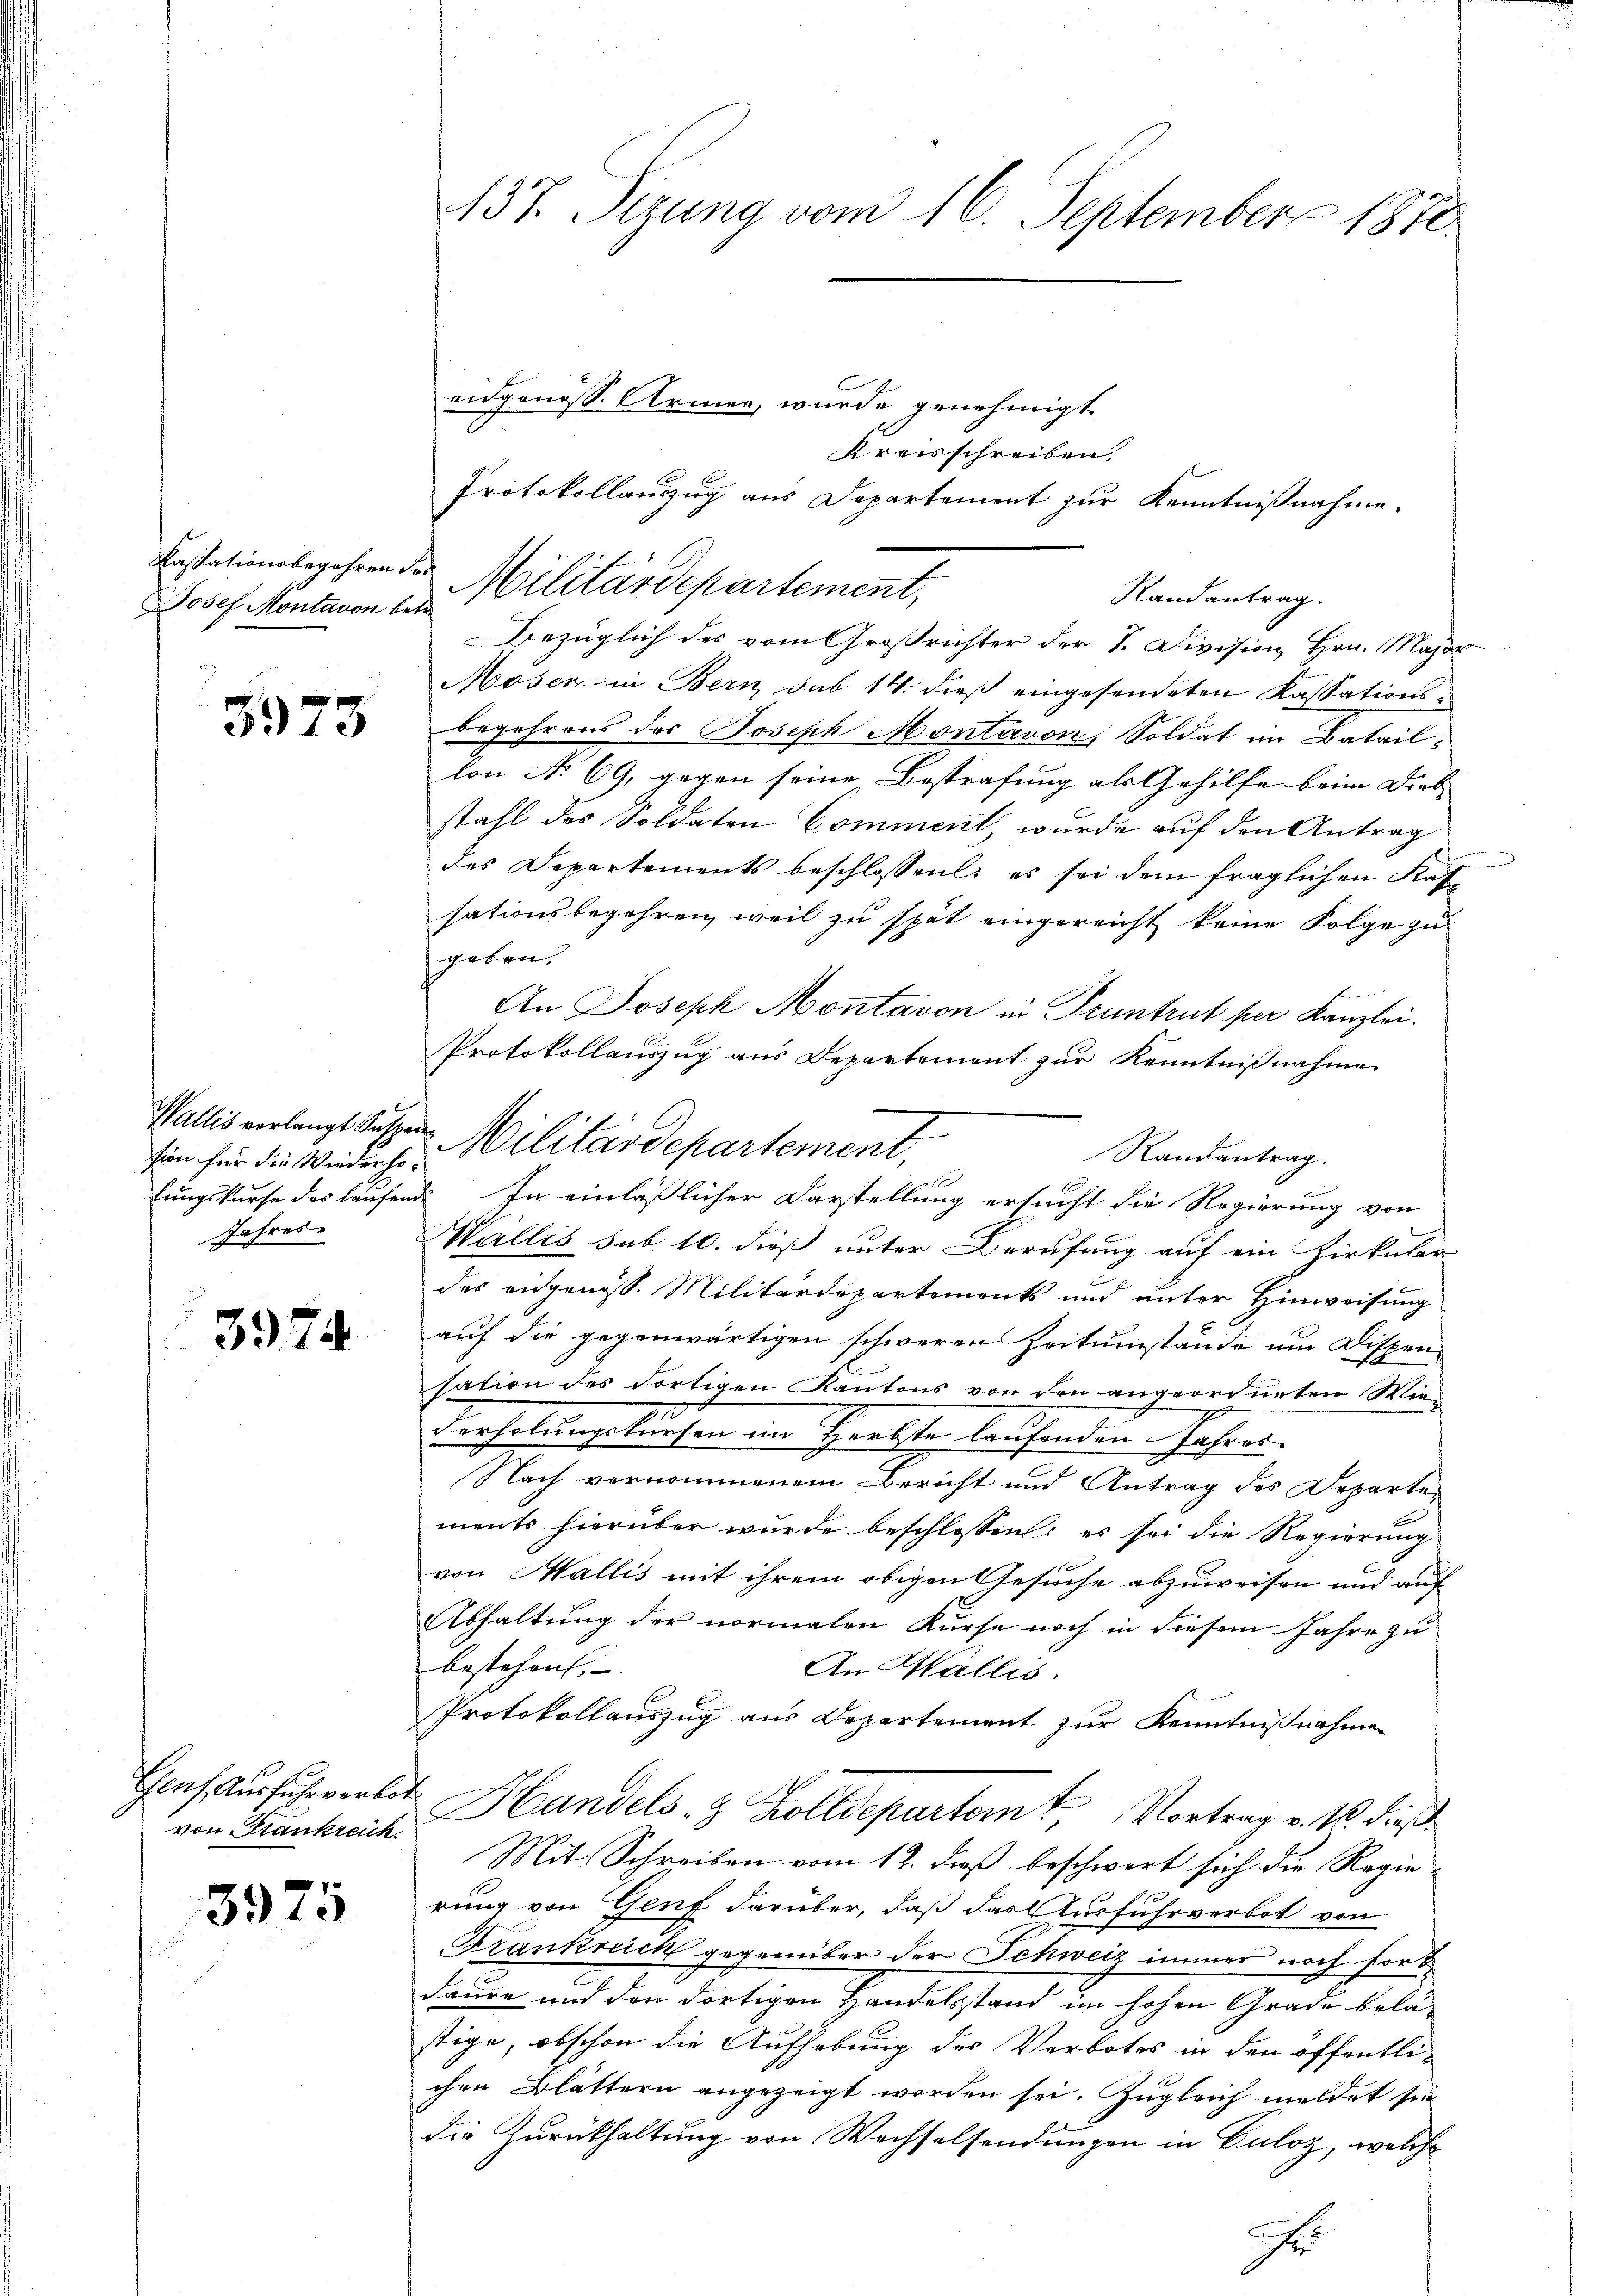
Josef Montavon betr.

3973

sion für die Wiederho¬
Jahres

3974

von Krankreich.

3975

437. Sizung vom 16. September 1870

Kreisschreiben.
Protokollauszug aus Departement zur Kenntnißnahme.
Kastationsbegehren des Militärdepartement,
Randantrag.
Bezüglich des vom Großrichter der 1. Division Hrn. Major
Moser in Bern sub 14. dieß eingesendeten Kassationsbegehrens des Joseph Montavon, Soldat im Bataillon No 69, gegen seine Bestrafung als Gehilfe beim Dieb-
stahl des Soldaten Comment, wurde auf den Antrag
des Departements beschlossen: es sei dem fraglichen Kaf
sationsbegehren, weil zu spät eingereicht keine Folge zu
geben.
An Joseph Montavon in Pruntrut per Kanzlei.
Protokollauszug aus Departement zur Kenntnißnahme
Wallis sub 10. dieß unter Berufung auf ein Zirkular
des eidgenöss. Militärdepartements und unter Hinweisung
auf die gegenwärtigen schweren Zeitumstände um Dispensation des dortigen Kantons von den angeordneten Wie¬
21
derholungskursen im Herbste laufenden Jahres-
Nach vernommenem Bericht und Antrag des Departen
ments hierüber wurde beschlossen: es sei die Regierung
von Wallis mit ihrem obigen Gesuche abzuweisen und auf
Abhaltung der normalen Kurse noch in diesem Jahre zu
bestehen,
An Wallis.
Protokollauszug aus Departement zur Kenntnißnahmen
Chef Ausfuhrverbot Handels- & Zolldepartem Vortrag v. M. dieß¬
Mit Schreiben vom 12. dieß beschwert sich die Regie
rung von Genf darüber, daß das Ausfuhrverbot von
Frankreich gegenüber der Schweiz immer noch fort
daure und den dortigen Handelsstand im hohen Grade belästige, obschon die Aufhebung des Verbotes in den öffentli-
chen Blättern angezeigt worden sei. Zugleich meldet sie
die Zurückhaltung von Wechselsendungen in Culoz, welche
r

eidgenöss. Armen, wurde genehmigt

Wallis verlangt Setzen Militärdepartement,
Randantrag.
lungskurse des laufend. In einläßlicher Darstellung ersucht die Regierung von